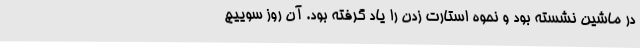
در ماشین نشسته بود و نحوه استارت زدن را یاد گرفته بود. آن روز سوییچ